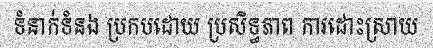
ទំនាក់ទំនង ប្រកបដោយ ប្រសិទ្ធភាព ការដោះស្រាយ